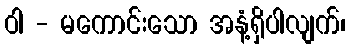
ဝါ - မကောင်းသော အနံ့ရှိပါလျက်၊